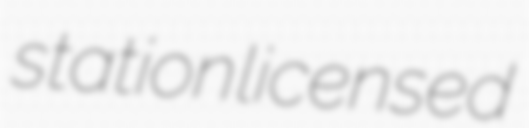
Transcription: station licensed